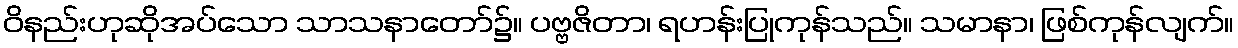
ဝိနည်းဟုဆိုအပ်သော သာသနာတော်၌။ ပဗ္ဗဇိတာ၊ ရဟန်းပြုကုန်သည်။ သမာနာ၊ ဖြစ်ကုန်လျက်။